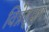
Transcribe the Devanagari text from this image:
विन्नेट्का